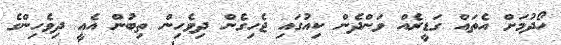
ހޯދުމަށް އެތައް ގަޑީރެއް ވަންދެން ކިއުގައި ޖެހިގެން ދިވެހިން ތިބުން އެއީ ދިވެހިންގެ